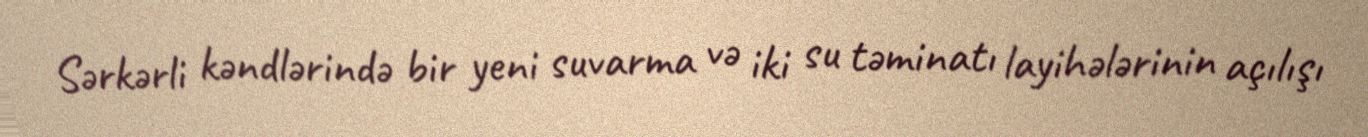
Sərkərli kəndlərində bir yeni suvarma və iki su təminatı layihələrinin açılışı